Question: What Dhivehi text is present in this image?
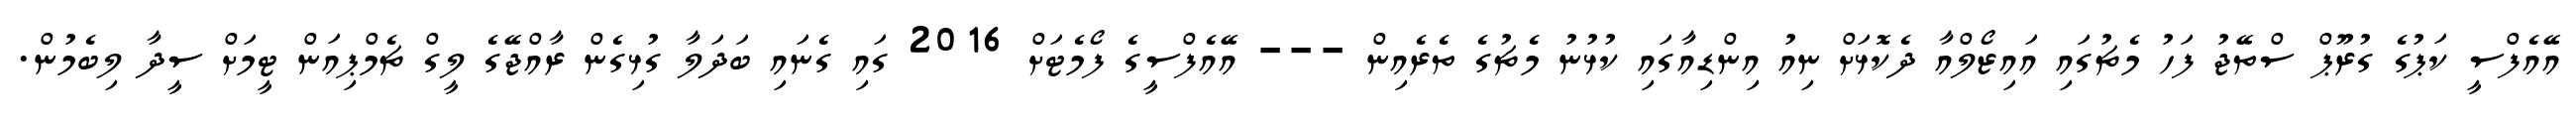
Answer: އޭއެފްސީ ކަޕުގެ ގުރޫޕް ސްތޭޖު ފަހު މެޗުގައި އައިޒޯލްއާ ދެކޮޅަށް ނިއު އިންޑިއާގައި ކުޅުނު މެޗުގެ ތެރެއިން --- އޭއެފްސީގެ ފޯމެޓަށް 2016 ގައި ގެނައި ބަދަލާ ގުޅިގެން ރާއްޖޭގެ ލީގް ޗެމްޕިއަން ޓީމަށް ސީދާ ލިބެމުން.